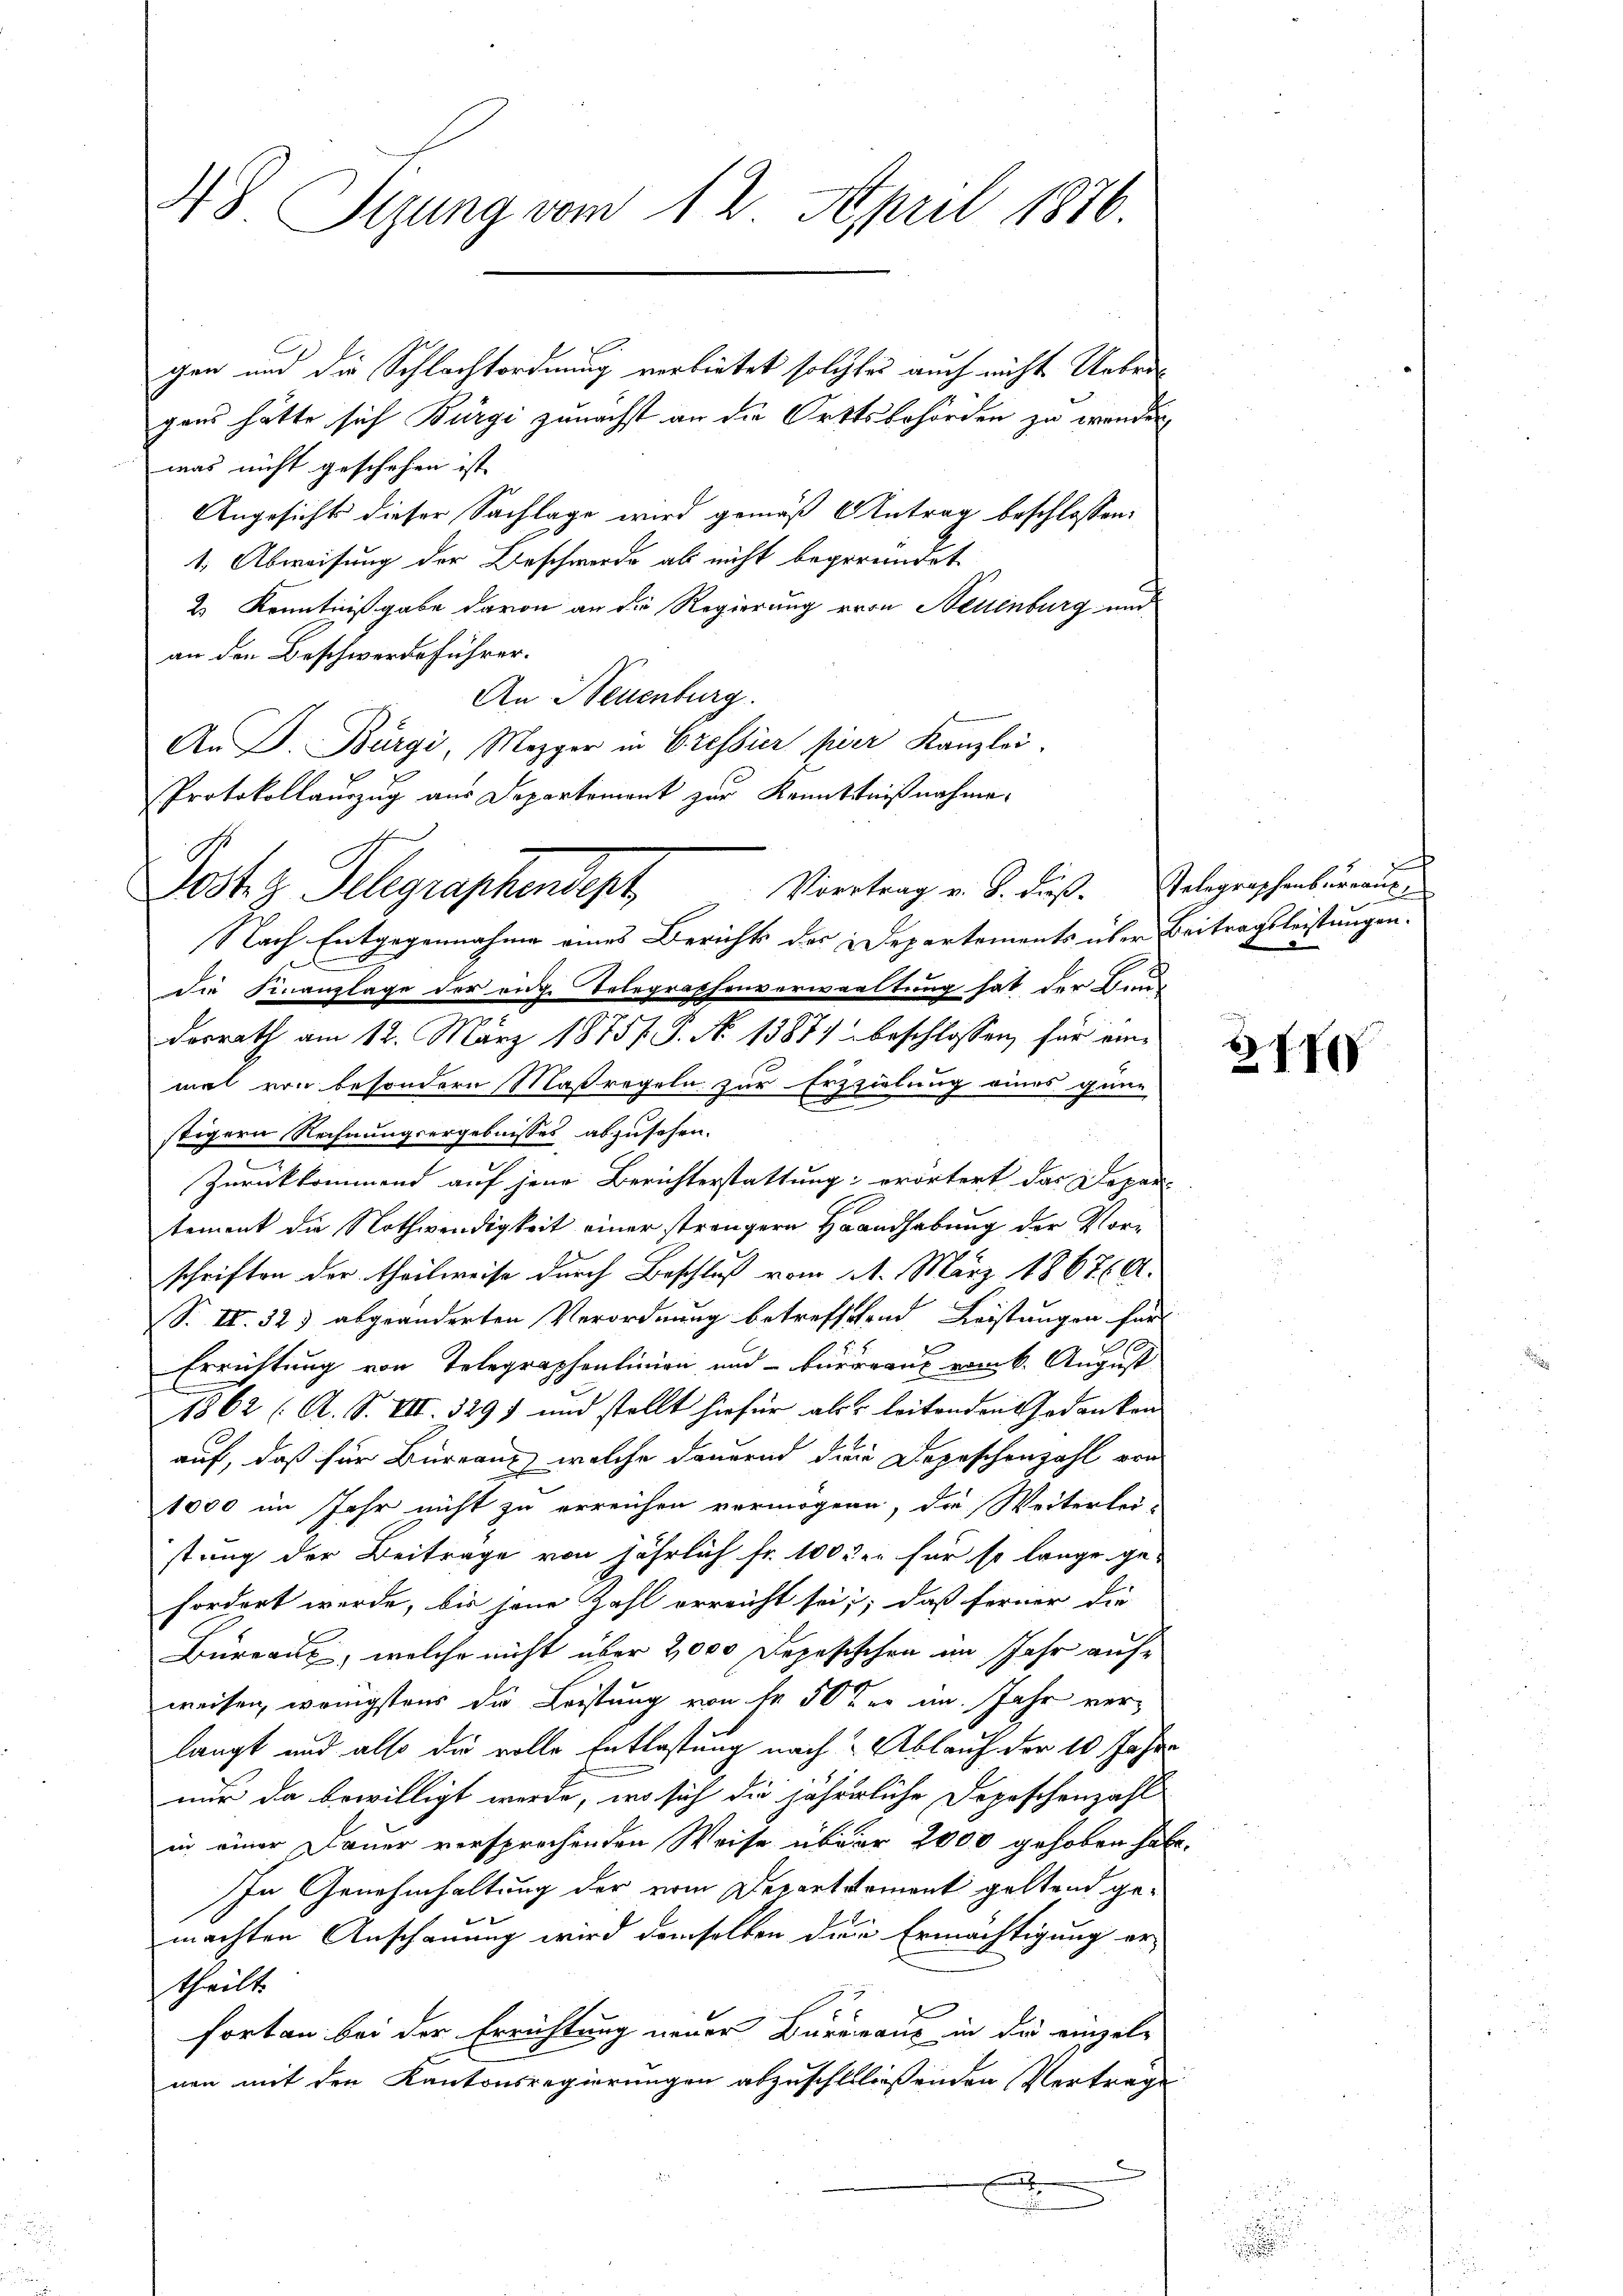
A8. Sizung vom 12. April 1876.

gen und die Schlachtordnung verbietet solcher auch nicht Uebergans hätte sich Bürgi zunächst an die Orttsbehörden zu wenden
was nicht geschehen ist |
Angesicht dieser Sachlage wird gemäß Antrag beschlossen:
1. Abweisung der Beschwerde als nicht begründet.
2.) Kenntnißgabe davon an die Regierung von Neuenburg und
an den Beschwerdeführer.
An Neuenburg.
An P. Bürgi, Mezger in Cressier pier Kanzlei.
Protokollauszug aus Departement zur Kenntnißnahme.
Nach Entgegennahme eines Berichts des Departements über Beitragsleistungen.
die Finanzlage der eidg. Telegraphenverwaltung hat der Bund
dorrath am 12. März 1875. P. No 1387 beschlossen, für einmal von besondern Maßregeln zur Erzzielung eines gene
stigern Rechnungsergebnisses abzusehen.
Zurückkommend auf jene Berichterstattung; erörtert das Departement die Nothwendigkeit einer strengern Handhabung der Vorschriften der theilweise durch Beschluß vom 11. März 186760.
S. II. 32) abgeänderten Verordnung betreffetend Leistungen für
Errichtung von Telegraphenlinien und bureau vom 6. August
1862 (A. S. VII. 3291 und stellt hiefür als leitenden Gedanken
auf, daß für Büreaux, welche dauernd die Depeschenzahl von
1000 im Jahr nicht zu erreichen vermögen, die Weiterlei-
stung der Beitrage von jährlich fr. 100 der für so lange ge-
fordert werde, bis jene Zahl erreicht sei; daß ferner die
Büreaux, welche nicht über 2000 Depesischen im Jahr aufweisen, wenigstens die Leistung von Nr 50 der im Jahr verlangt und also die volle Entlastung nach Ablauf der 10 Jahre
nur da bewilligt werde, wo sich die jährliche Depeschenzahl-
in einer Dauer versprochenden Weise über 2000 gehoben habe.
In Genehmhaltung der vom Departsament geltend gemachten Anschauung wird demselben den Ermächtigung er-
theilt.
fortan bei der Errichtung neuer Bureaus in die einzel-
nen mit den Kantonsregierungen abzuschllließenden Vertrage
.

Post z. Telegraphendigt

Vortrag v. J. Fuß. Gelegraphenbureaus

277